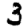
Digit: 3